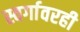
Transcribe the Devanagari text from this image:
स्वर्गावरही